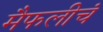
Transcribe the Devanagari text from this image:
मैफलीचं